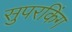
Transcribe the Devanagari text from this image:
सुपरकिंग